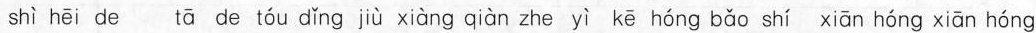
shì hēi de tā de tóu dǐng jiù xiàng qiàn zhe yì kē hóng bǎo shí xiān hóng xiān hóng